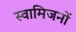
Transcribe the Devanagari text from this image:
स्वामिजनों